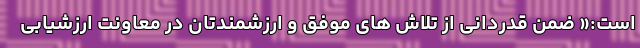
است:« ضمن قدردانی از تلاش های موفق و ارزشمندتان در معاونت ارزشیابی